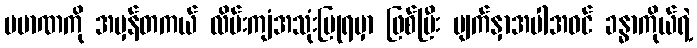
ပမာဏကို အမှန်တကယ် လိမ်းကျံအသုံးပြုရမှာ ဖြစ်ပြီး မျက်နှာအပါအဝင် ခန္ဓာကိုယ်ရဲ့